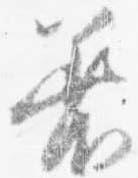
着